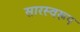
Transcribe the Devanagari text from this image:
सारस्वरूप